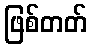
ဖြစ်တတ်